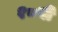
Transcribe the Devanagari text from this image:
१८वीँ